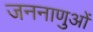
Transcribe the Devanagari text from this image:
जननाणुओं